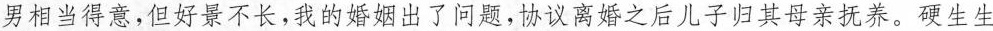
男相当得意，但好景不长，我的婚姻出了问题，协议离婚之后儿子归其母亲抚养，硬生生